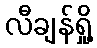
လီချန်ရှို့